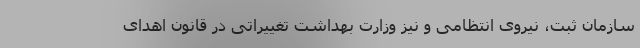
سازمان ثبت، نیروی انتظامی و نیز وزارت بهداشت تغییراتی در قانون اهدای